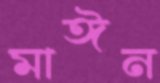
মাঈন